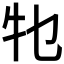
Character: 𤘗